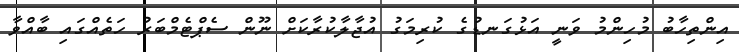
އިންތިހާބު މުހިންމު ވަނީ އަޅުގަނޑުގެ ކުރިމަގު އުޖާލާކުރާކަށް ނޫން ސެޕްޓެމްބަރު ހަތެއްގައި ބާއްވާ